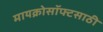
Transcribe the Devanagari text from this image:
मायक्रोसॉफ्टसाठी